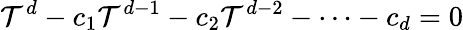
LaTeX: \mathcal{T}^{d}-c_{1}\mathcal{T}^{d-1}-c_{2}\mathcal{T}^{d-2}-\cdots-c_{d}=0